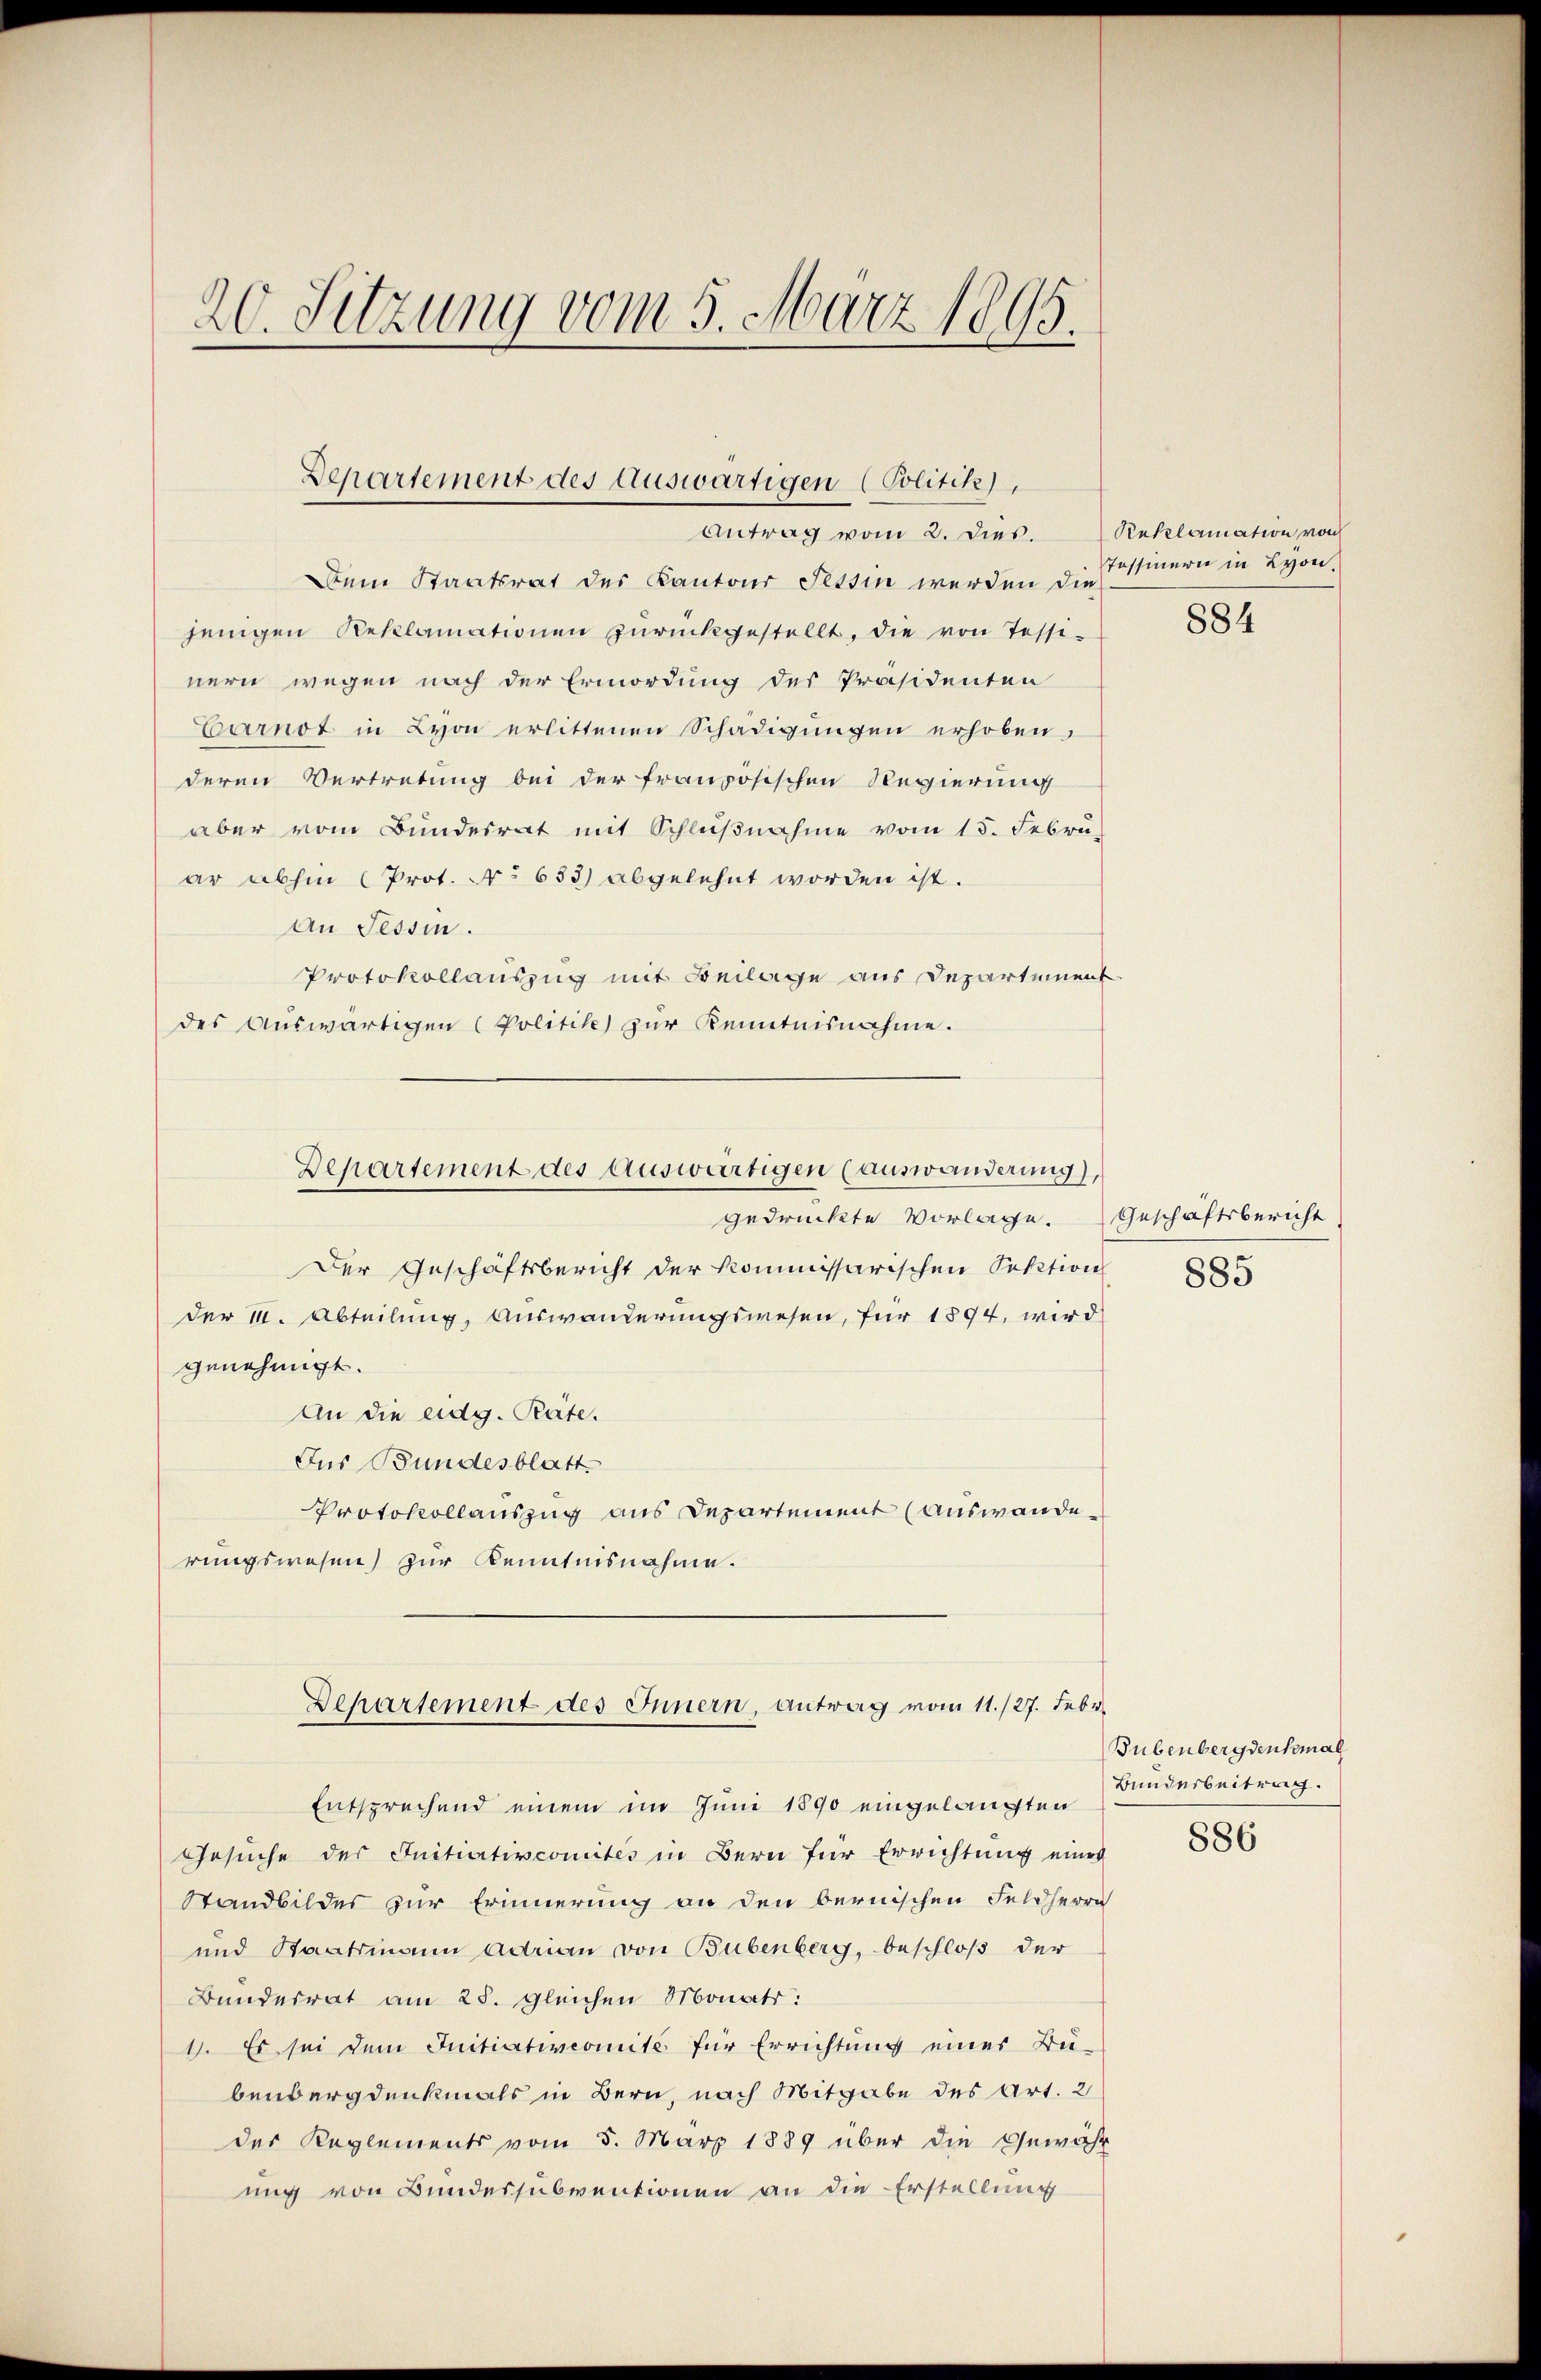
20. Sitzung vom 5. März 1895.

Departement des Auswärtigen (Politik),
Antrag vom 2. dies.

Dein Staatsrat des Kantons Tessin werden die
jenigen Reklamationen zŭrückgestellt, die von Tessi-
nern wegen nach der Ermordung des Präsidenten
Carnot in Lyon erlittenen Schädigungen erhoben,
deren Vertretung bei der französischen Regierung
aber vom Bundesrat mit Schlŭβnahme vom 15. Febru
ar abhin (Prot. No 633) abgelehnt worden ist.
An Tessin.
Protokollauszug mit Beilage aus Departement
des Auswärtigen (Politik zur Kenntnisnahme.
Departement des auswärtigen (auswanderung),
gedrückte Vorlage.
Der Geschäftsbericht der kommissarischen Sektion
der I. Abteilung, Auswanderungswesen, für 1894, wird
genehmigt.
An die eidg. Räte.
Aus Bundesblatt
Protokollauszug aus Departement (Auswanderungswesen) zur Kenntnisnahme.

Departement des Innern, Antrag vom 11./27. Febr.

Reklamation von
Tessinern in Lyon,

Entsprechend einem im Juni 1890 eingelangten
Gesŭche des Initiativcomités in Bern für Errichtung eines
Standbildes zur Erinnerung an den bernischen Feldherrn
und Staatsmann adrian von Bubenberg, beschloß der
Bundesrat am 28. gleichen Monats:
1. Es sei dem Initiativeomité für Errichtung einer Bei-
benbergdenkmals in Bern, nach Mitgabe des Art. 2
der Reglements vom 5. März 1889 über die Gewähr
ung von Bundessubventionen an die Erstellung

884

Geschäftsbericht

885

Bubenbergdenkmal
Bunderbeitrag.

886